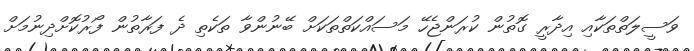
ވަސީލަތްތަކާއި އިދާރީ ގޮތުން ކުރަންޖެހޭ މަސައްކަތްތަކަށް ބޭނުންވާ ތަކެތި ދެ ފަރާތުން ފޯރުކޮށްދިނުމަށް